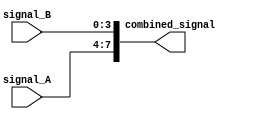
module concat_example (
    input [3:0] signal_A,
    input [3:0] signal_B,
    output [7:0] combined_signal
);

assign combined_signal = {signal_A, signal_B};

endmodule